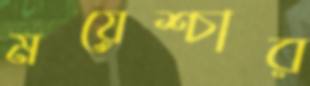
ময়েশ্চার